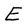
Character: E